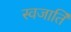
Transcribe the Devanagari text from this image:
स्वजातिं